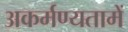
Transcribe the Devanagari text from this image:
अकर्मण्यतामें